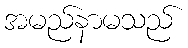
အမည်နာမသည်